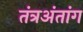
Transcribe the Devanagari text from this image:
तंत्रअंतांग